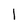
Character: l